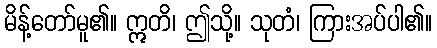
မိန့်တော်မူ၏။ ဣတိ၊ ဤသို့။ သုတံ၊ ကြားအပ်ပါ၏။